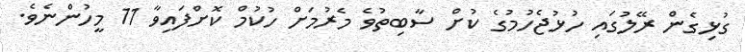
ގުޅިގެން ރޭލުގައި ހުޅުޖެހުމުގެ ކުށް ސާބިތުވެ މެރުމަށް ހުކުމް ކޮށްފައިވާ 11 މީހުންނެވެ.